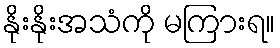
နိုးနိုးအသံကို မကြားရ။